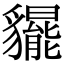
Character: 𧴞